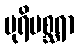
ပုရိမစ္ဆရာ